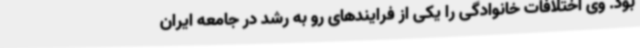
بود. وی اختلافات خانوادگی را یکی از فرایندهای رو به رشد در جامعه ایران